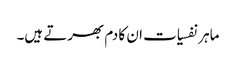
ماہر نفسیات ان کا دم بھرتے ہیں۔